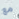
مع